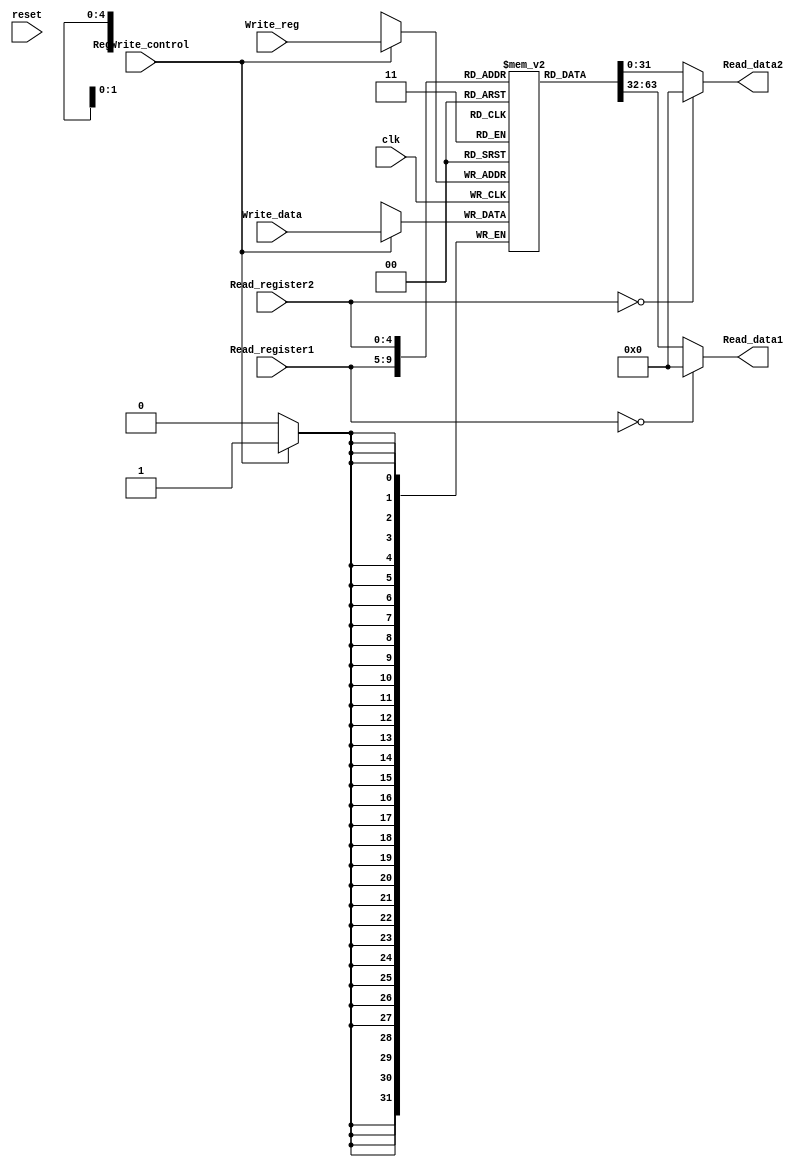
module register(RegWrite_control, Read_register1, Read_register2, Write_reg, Write_data, Read_data1, Read_data2
						,clk, reset);

input clk, reset;
input RegWrite_control;
input [4:0] Read_register1, Read_register2;
input [4:0] Write_reg;
input [31:0] Write_data;
output reg [31:0] Read_data1, Read_data2;
reg [31:0] Reg_mem [31:0];
	
always @(posedge clk) begin
	if (RegWrite_control == 1)
		Reg_mem[Write_reg] <= Write_data;
end
	
always@(*) begin
	if(Read_register1 == 0)
Read_data1 = 0;
else 
Read_data1 = Reg_mem[Read_register1];
end
	
always@(*) begin
	if(Read_register2 == 0)
Read_data2 = 0;
else 
Read_data2 = Reg_mem[Read_register2];
end


endmodule